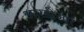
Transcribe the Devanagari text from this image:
आरडीआर